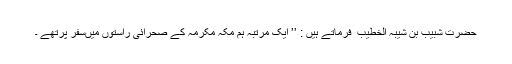
حضرت شبیب بن شیبہ الخطیب ؒ فرماتے ہیں : ’’ ایک مرتبہ ہم مکہ مکرمہ کے صحرائی راستوں میںسفر پرتھے ۔